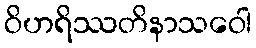
ဝိဟရိဿတိနာသဝေါ